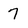
Character: 7